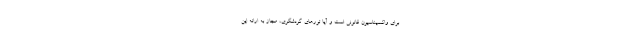
برای واکسیناسیون قانونی است و آیا تورهای گردشگری، مجاز به ارائه این